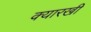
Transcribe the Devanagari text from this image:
क्यारखी